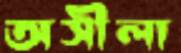
অসীলা